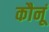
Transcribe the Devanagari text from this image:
कौनूं